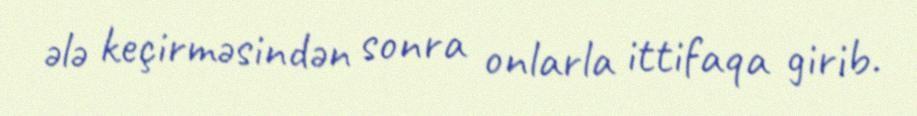
ələ keçirməsindən sonra onlarla ittifaqa girib.